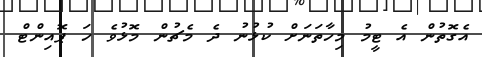
އެގޮތުން އެ ޓީމު މިހާތަނަށް ކުޅުނު ދެ މެޗުން މޮޅުވެ ހަ ޕޮއިންޓް